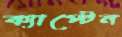
ক্যাপ্টেন